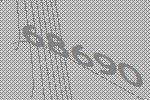
68690